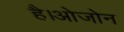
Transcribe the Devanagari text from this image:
है।ओजोन